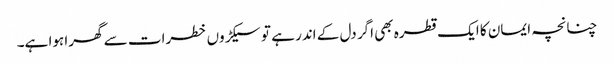
چنانچہ ایمان کا ایک قطرہ بھی اگر دل کے اندر ہے تو سیکڑوں خطرات سے گھرا ہوا ہے۔